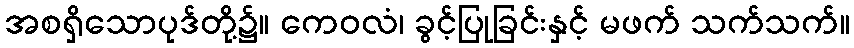
အစရှိသောပုဒ်တို့၌။ ကေဝလံ၊ ခွင့်ပြုခြင်းနှင့် မဖက် သက်သက်။